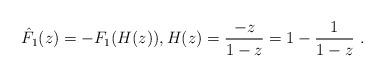
LaTeX: \begin{align*}\hat F_1(z) = -F_1(H(z)), H(z)= \frac{-z}{1-z}=1-\frac1{1-z}\ .\end{align*}